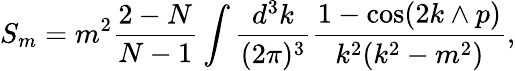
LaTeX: S_{m}=m^{2}\frac{2-N}{N-1}\int\frac{d^{3}k}{(2\pi)^{3}}\frac{1-\cos(2k\wedge p)}{k^{2}(k^{2}-m^{2})},